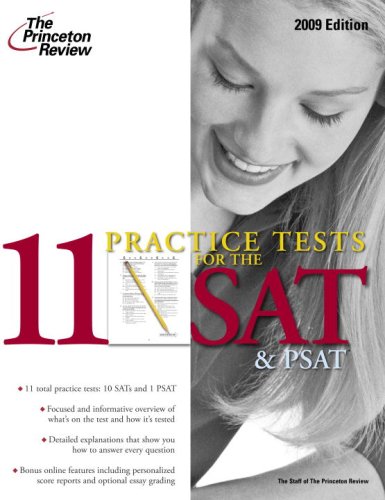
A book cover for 11 Practice Tests for the SAT and PSAT, 2009 Edition (College Test Preparation); Princeton Review; Test Preparation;